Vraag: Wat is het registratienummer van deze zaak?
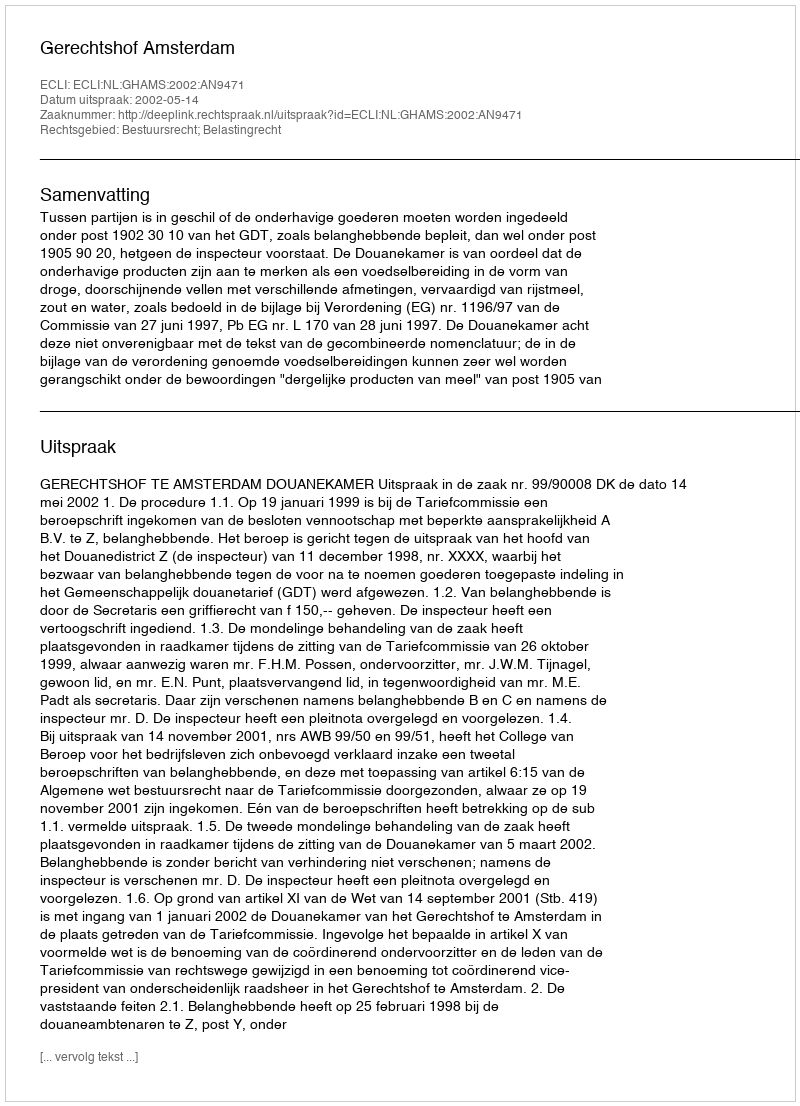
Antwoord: http://deeplink.rechtspraak.nl/uitspraak?id=ECLI:NL:GHAMS:2002:AN9471